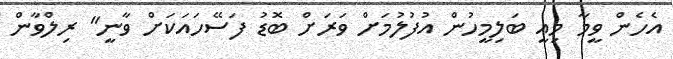
އެހެން ވީމާ މިއީ ބަލިމީހުން އުފުލުމަށް ވަރަށް ބޮޑު ފަސޭހައަކަށް ވާނީ" ރިލްވާން